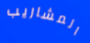
المشاريب